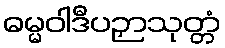
ဓမ္မဝါဒီပဉှာသုတ္တံ